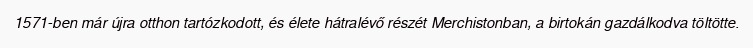
1571-ben már újra otthon tartózkodott, és élete hátralévő részét Merchistonban, a birtokán gazdálkodva töltötte.